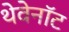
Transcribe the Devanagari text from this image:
थेवेनॉट